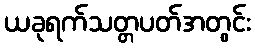
ယခုရက်သတ္တပတ်အတွင်း